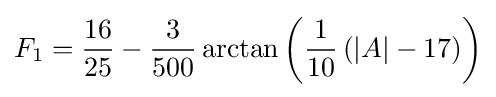
F_{1}={\frac {16}{25}}-{\frac {3}{500}}\arctan \left({\frac {1}{10}}\left(|A|-17\right)\right)